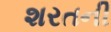
શરતની